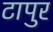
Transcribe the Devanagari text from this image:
टापुर